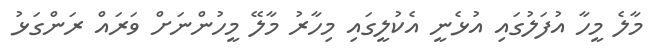
މާލެ މީހާ އުފަލުގައި އުޅެނީ އެކުލީގައި މިހާރު މާލޭ މީހުންނަށް ވަރައް ރަންގަޅު